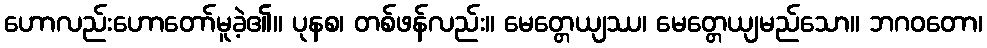
ဟောလည်းဟောတော်မူခဲ့၏။ ပုနစ၊ တစ်ဖန်လည်း။ မေတ္တေယျဿ၊ မေတ္တေယျမည်သော။ ဘဂဝတော၊